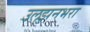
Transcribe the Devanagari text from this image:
उलझनभरा